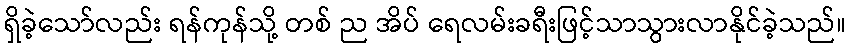
ရှိခဲ့သော်လည်း ရန်ကုန်သို့ တစ် ည အိပ် ရေလမ်းခရီးဖြင့်သာသွားလာနိုင်ခဲ့သည်။